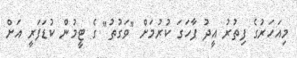
މިއަހަރުގެ ފިތުރު އީދު ފާހަގަ ކުރުމަށް "ވަގުތު" ގެ ޓީމުން ކުޑަފަރީ އަށް